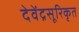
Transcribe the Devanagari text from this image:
देवेंद्रसूरिकृत